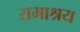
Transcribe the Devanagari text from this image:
रामाश्रय